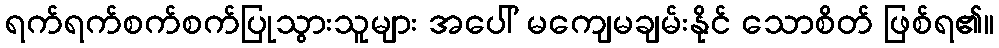
ရက်ရက်စက်စက်ပြုသွားသူများ အပေါ် မကျေမချမ်းနိုင် သောစိတ် ဖြစ်ရ၏။